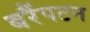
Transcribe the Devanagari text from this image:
बरैंपटन